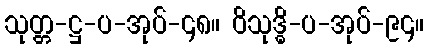
သုတ္တ-ဋ္ဌ-ပ-အုပ်-၄၈။ ဝိသုဒ္ဓိ-ပ-အုပ်-၉၄။